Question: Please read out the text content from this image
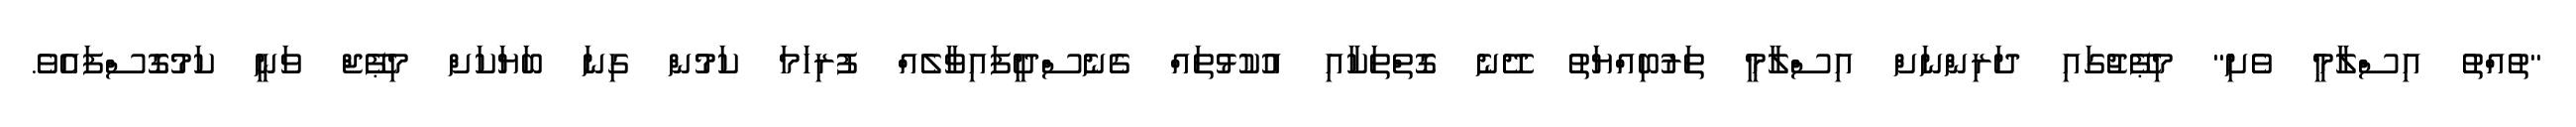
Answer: "ތުއްތު އިސްލާމީ ވެށި" މިޕޭޖުގައި ދަރިންނަށް އިސްލާމީ ތަރުބިއްޔަތު ދޭނެ ގޮތްތަކާއި އުކުޅުތައް ގެނެސްދީފައިވާލެއް ފުރިހަމަ ކަމުން ގިނަ ބަޔަކަށް މިޕޭޖް ވަނީ ކަމުގޮސްފައެވެ.